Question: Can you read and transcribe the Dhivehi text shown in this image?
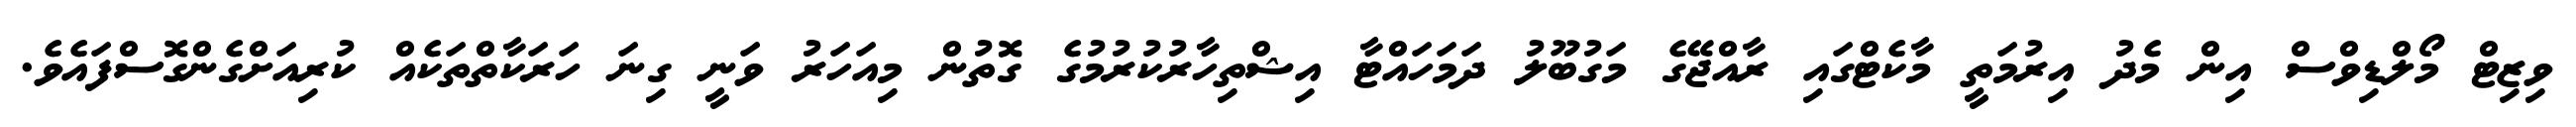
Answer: ވިޒިޓް މޯލްޑިވްސް އިން މެދު އިރުމަތީ މާކެޓްގައި ރާއްޖޭގެ މަގުބޫލު ދަމަހައްޓާ އިޝްތިހާރުކުރުމުގެ ގޮތުން މިއަހަރު ވަނީ ގިނަ ހަރަކާތްތަކެއް ކުރިއަށްގެންގޮސްފައެވެ.